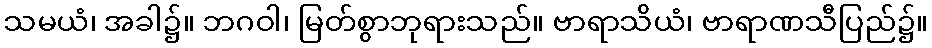
သမယံ၊ အခါ၌။ ဘဂဝါ၊ မြတ်စွာဘုရားသည်။ ဗာရာသိယံ၊ ဗာရာဏသီပြည်၌။